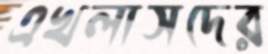
এখলাসদের